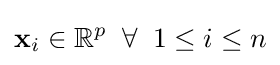
\mathbf {x} _{i}\in \mathbb {R} ^{p}\;\;\forall \;\;1\leq i\leq n